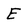
Character: E